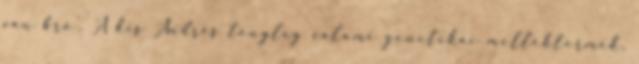
van bro'. A kis Andrés tényleg valami genetikai melléktermék,